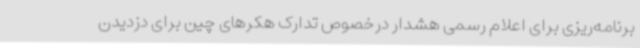
برنامه‌ریزی برای اعلام رسمی هشدار درخصوص تدارک هکرهای چین برای دزدیدن